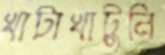
খাটাখাটুনি